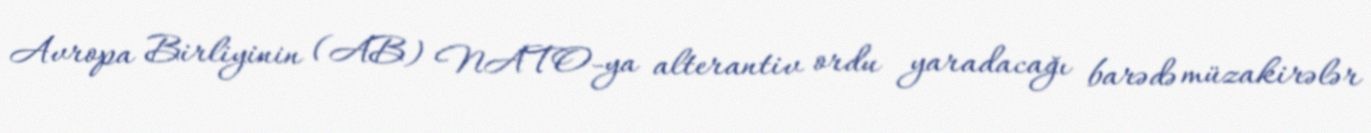
Avropa Birliyinin (AB) NATO-ya alterantiv ordu yaradacağı barədə müzakirələr